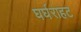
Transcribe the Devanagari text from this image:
घर्घराहट